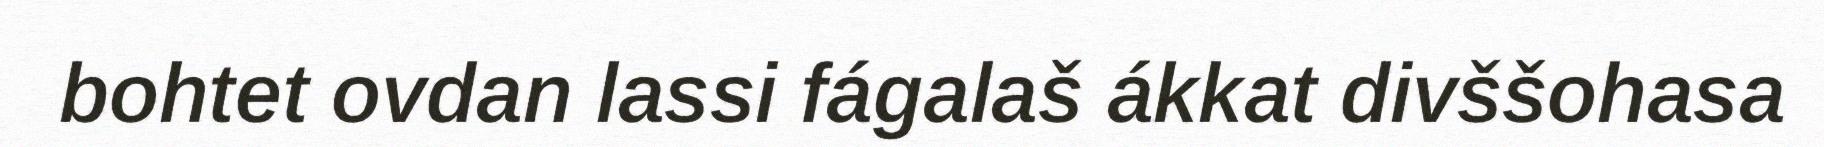
bohtet ovdan lassi fágalaš ákkat divššohasa